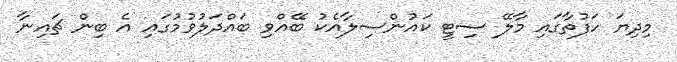
މިދިޔަ ހަފުތާގައި މާލޭ ސިޓީ ކައުންސިލާއެކު ބޭއްވި ބައްދަލުވުމުގައި އެ ބިން ޗައިނާ